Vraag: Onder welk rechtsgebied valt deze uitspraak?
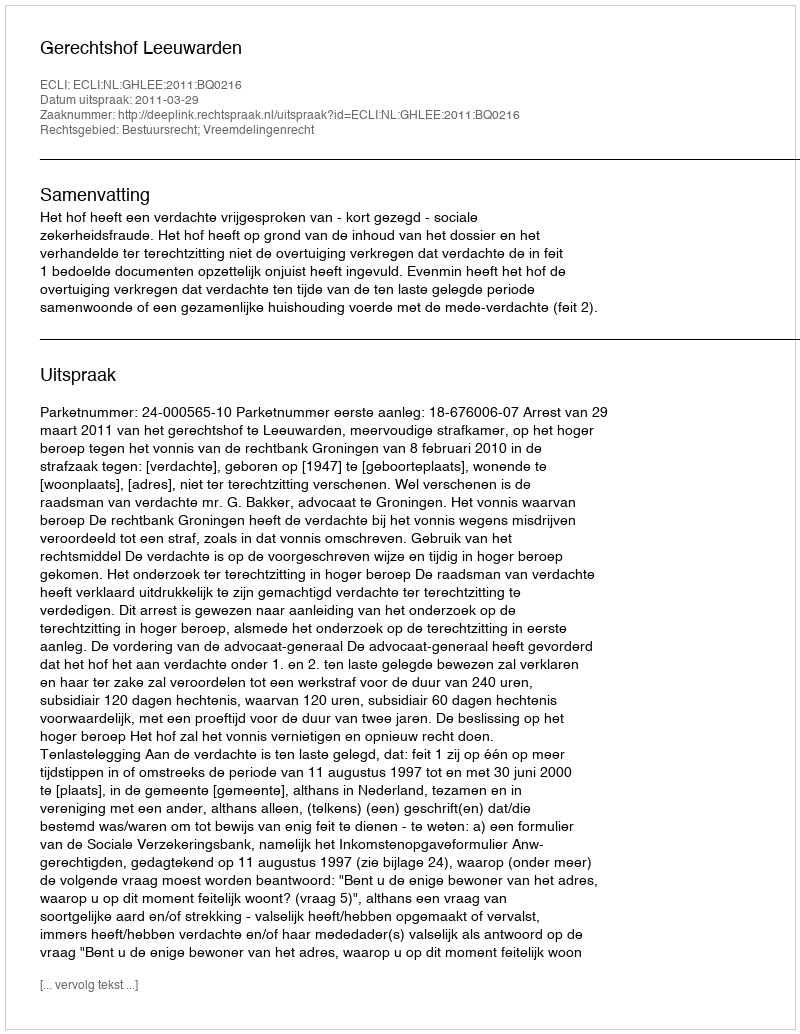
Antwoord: Bestuursrecht; Vreemdelingenrecht